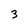
Character: 3